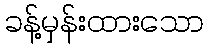
ခန့်မှန်းထားသော